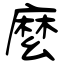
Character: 麼